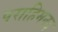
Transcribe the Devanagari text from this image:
पराहिमनद